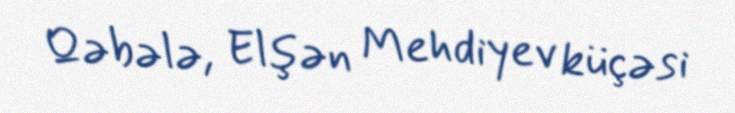
Qəbələ, Elşən Mehdiyev küçəsi